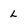
Character: L